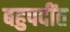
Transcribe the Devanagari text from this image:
बहुपदींत